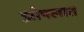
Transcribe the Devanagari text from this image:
झोपलात